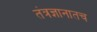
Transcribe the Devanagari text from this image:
तंत्रज्ञानातच